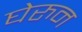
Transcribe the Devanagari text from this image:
घेरुन